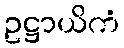
ဥဋ္ဌာယိကံ